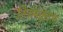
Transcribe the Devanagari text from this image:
तिरुमकुदल